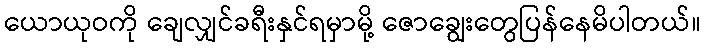
ယောယုဝကို ချေလျှင်ခရီးနှင်ရမှာမို့ ဇောချွေးတွေပြန်နေမိပါတယ်။